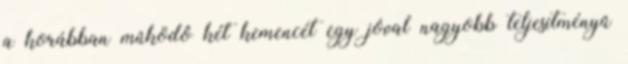
a korábban mûködô két kemencét egy jóval nagyobb teljesítményû